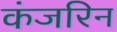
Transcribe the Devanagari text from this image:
कंजरिन